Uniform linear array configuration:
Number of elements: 32
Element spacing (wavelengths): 1
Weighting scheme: cosine
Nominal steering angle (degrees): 0
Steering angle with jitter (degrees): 0.3707
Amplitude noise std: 0.05
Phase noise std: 0.05

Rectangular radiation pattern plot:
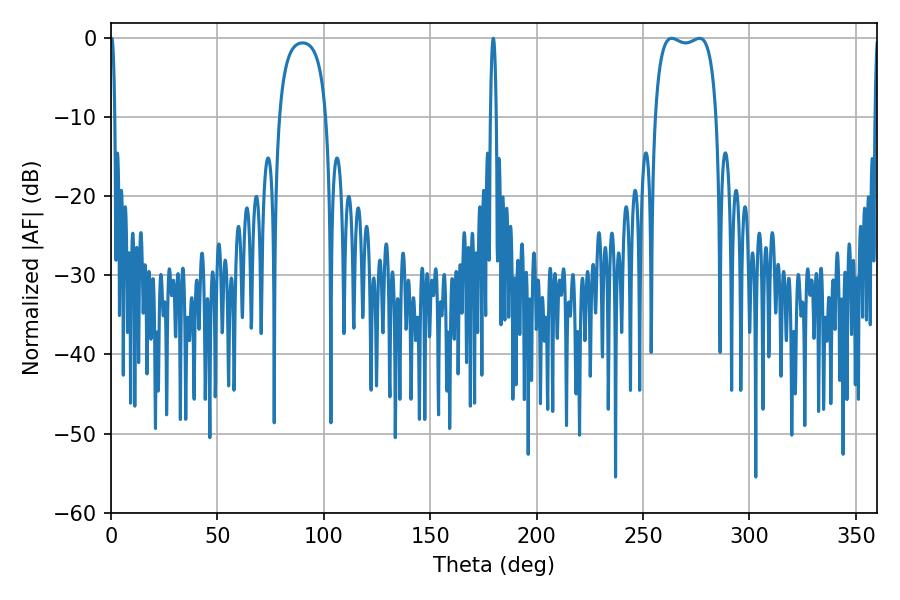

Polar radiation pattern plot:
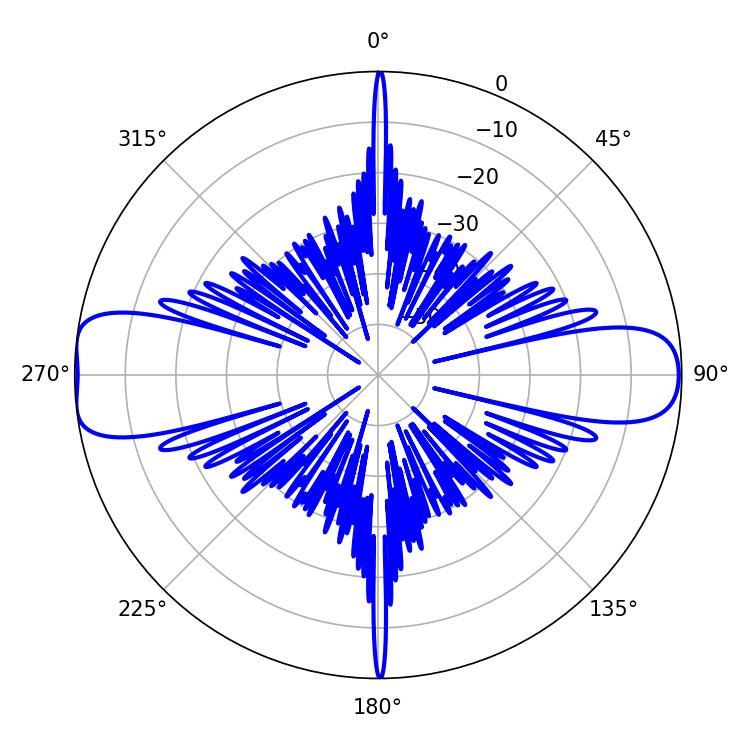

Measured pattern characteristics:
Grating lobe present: TRUE
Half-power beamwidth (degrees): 23.4
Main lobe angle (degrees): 263.52